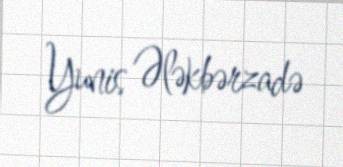
Yunis Ələkbərzadə